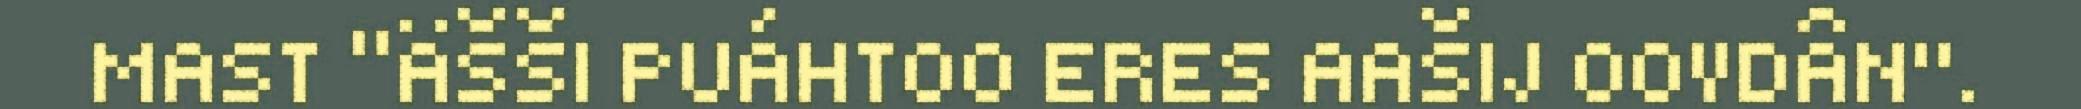
MAST “ÄŠŠI PUÁHTOO ERES AAŠIJ OOVDÂN".